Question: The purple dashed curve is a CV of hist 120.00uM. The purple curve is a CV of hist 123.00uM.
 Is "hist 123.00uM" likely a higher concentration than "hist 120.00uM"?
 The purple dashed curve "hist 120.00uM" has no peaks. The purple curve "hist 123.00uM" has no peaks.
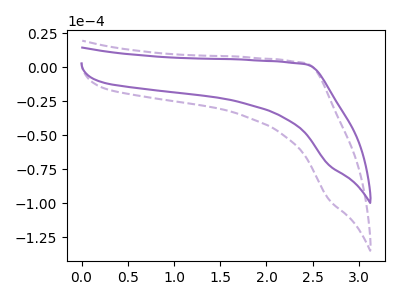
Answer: <think>Neither "hist 123.00uM" or "hist 120.00uM" have any peaks.
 </think>
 <answer>I cant tell if "hist 123.00uM" or "hist 120.00uM" has more signal.</answer>
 <eval>mixed_signal</eval>